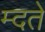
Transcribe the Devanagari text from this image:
म्दते